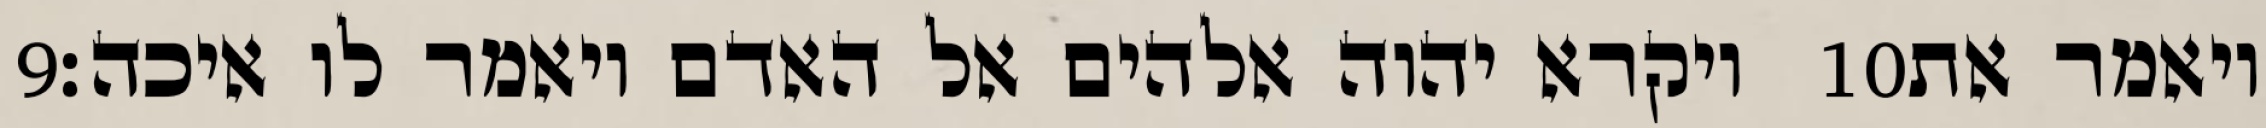
‎9‏ ויקרא יהוה אלהים אל האדם ויאמר לו איכה׃ ‎10‏ ויאמר את